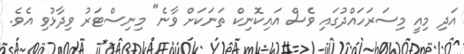
އަދި މިއީ މިސަރަހައްދުގައި ވެސް އައިކޮނިކް ތަނަކަށް ވާނެ" މިނިސްޓަރު ވިދާޅުވި އެވެ.